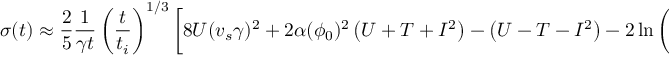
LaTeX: \sigma ( t ) \approx \frac { 2 } { 5 } \frac { 1 } { \gamma t } \left( \frac { t } { t _ { i } } \right) ^ { 1 / 3 } \left[ 8 U ( v _ { s } \gamma ) ^ { 2 } + 2 \alpha ( \phi _ { 0 } ) ^ { 2 } \left( U + T + I ^ { 2 } \right) - \left( U - T - I ^ { 2 } \right) - 2 \ln \left( \frac { r } { r _ { 0 } } \right) I ^ { 2 } \right]